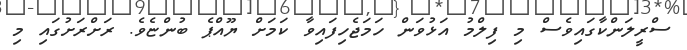
ސްރީލަންކާގައިވެސް މި ފިލްމު އަޅުވަން ހަމަޖެހިފައިވާ ކަމަށް ޔޫއްޕެ ބުންޏެވެ. ރަށްރަށުގައި މި